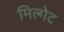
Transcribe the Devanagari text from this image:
मिल्गेट